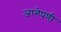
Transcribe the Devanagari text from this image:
जागेपणी